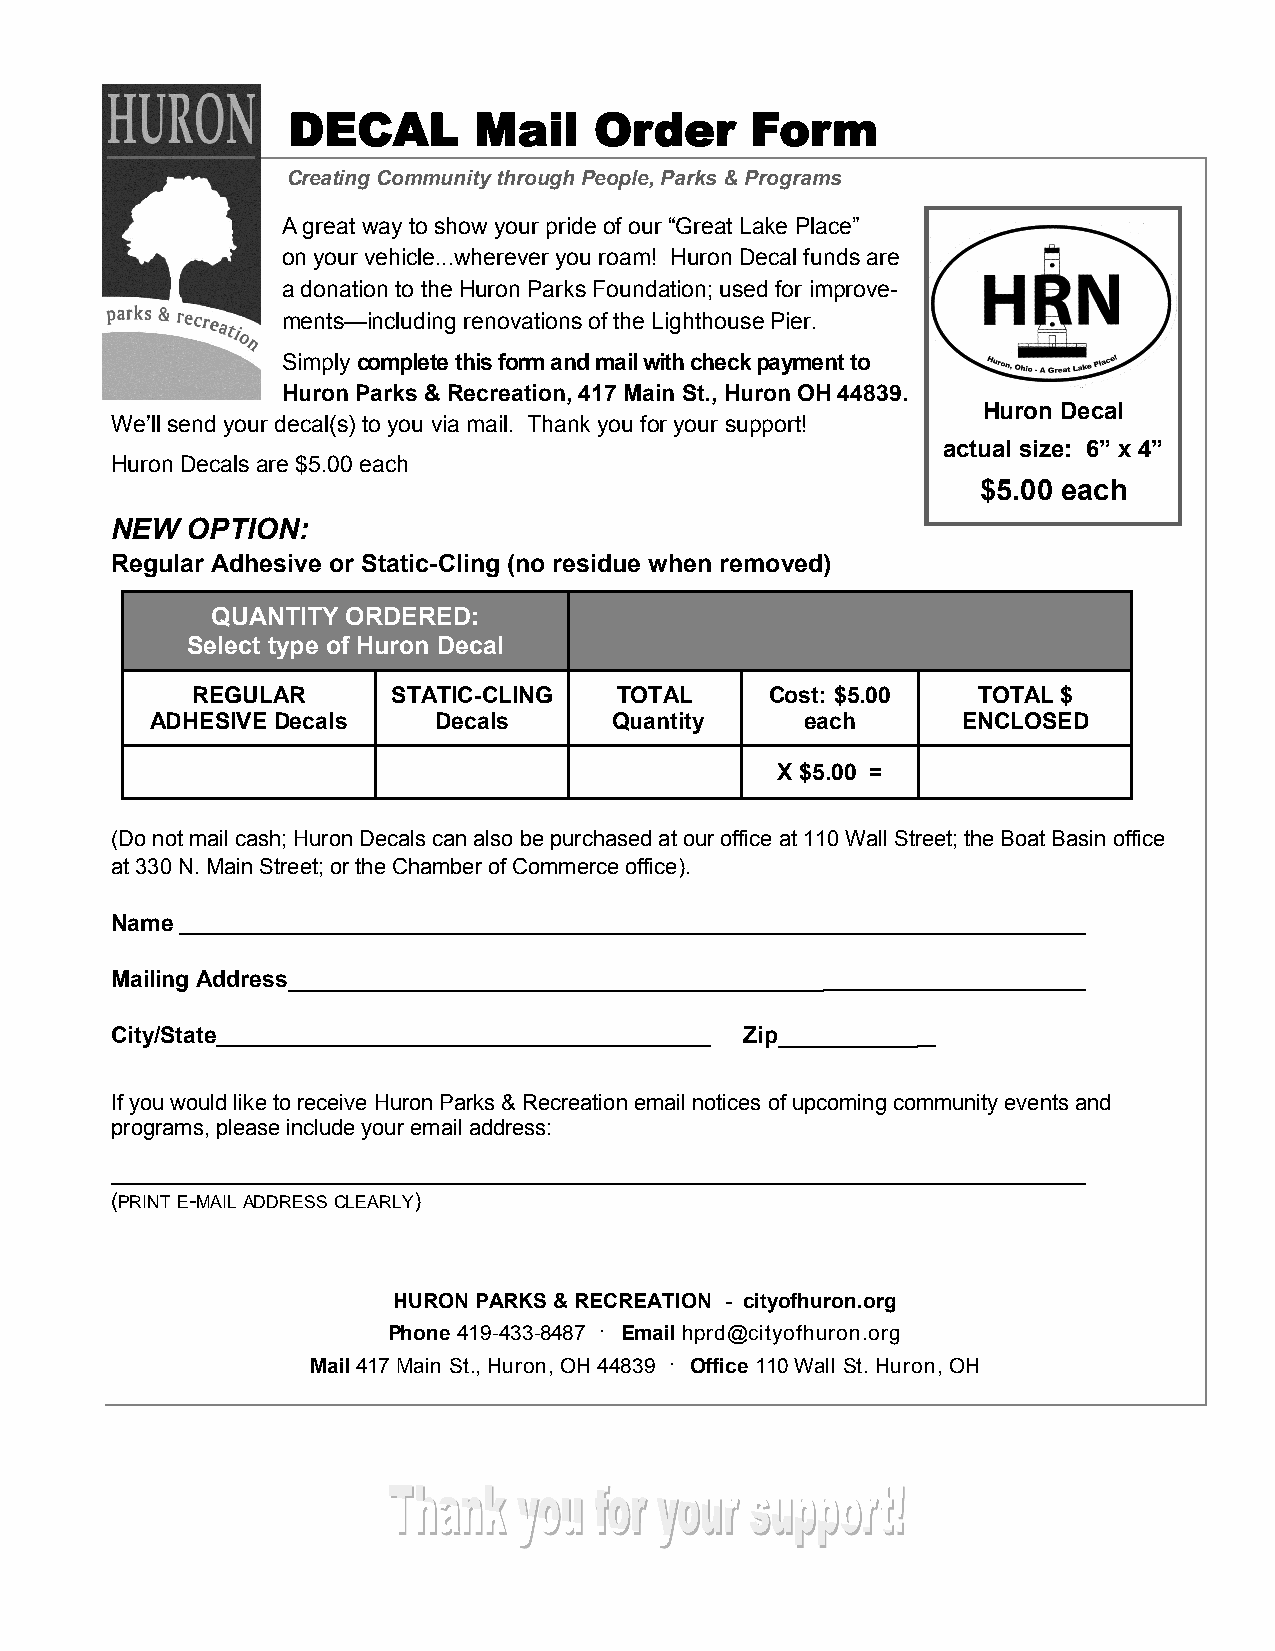
DECAL       Mail    Order      Form
 Creating Community through People, Parks & Programs
 A great way to show your pride of our “Great Lake Place”
 on your vehicle...wherever you roam! Huron Decal funds are
 a donation to the Huron Parks Foundation; used for improve-
 ments—including renovations of the Lighthouse Pier.
 Simply complete this form and mail with check payment to
 Huron Parks & Recreation, 417 Main St., Huron OH 44839.
 Huron Decal
 We’ll send your decal(s) to you via mail. Thank you for your support!
 actual size: 6” x 4”
 Huron Decals are $5.00 each
 $5.00 each
 NEW  OPTION:
 Regular Adhesive or Static-Cling (no residue when removed)
 QUANTITY ORDERED:
 Select type of Huron Decal
 REGULAR      STATIC-CLING   TOTAL     Cost: $5.00   TOTAL $
 ADHESIVE Decals    Decals      Quantity    each       ENCLOSED
 X $5.00 =
 (Do not mail cash; Huron Decals can also be purchased at our office at 110 Wall Street; the Boat Basin office
 at 330 N. Main Street; or the Chamber of Commerce office).
 Name
 Mailing Address__________________________________________
 City/State                                Zip___________
 If you would like to receive Huron Parks & Recreation email notices of upcoming community events and
 programs, please include your email address:
 (PRINT E-MAIL ADDRESS CLEARLY)
 HURON PARKS & RECREATION - cityofhuron.org
 Phone 419-433-8487 · Email hprd@cityofhuron.org
 Mail 417 Main St., Huron, OH 44839 · Office 110 Wall St. Huron, OH